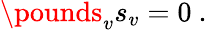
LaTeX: \pounds_{v}s_{v}=0\ .